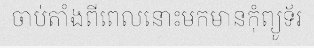
ចាប់តាំងពីពេលនោះមកមានកុំព្យូទ័រ